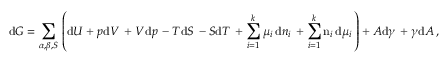
\mathrm { d } G = \sum _ { \alpha , \beta , S } \, \left( \mathrm { d } U + p \mathrm { d } V \, + V \mathrm { d } p \, - T \mathrm { d } S \, - S \mathrm { d } T \, + \sum _ { i = 1 } ^ { k } \mu _ { i } \, \mathrm { d } n _ { i } \, + \sum _ { i = 1 } ^ { k } \mathrm { n } _ { i } \, \mathrm { d } \mu _ { i } \, \right) + A \mathrm { d } \gamma \, + \gamma \mathrm { d } A \, ,